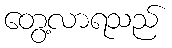
တွေ့လာရသည်